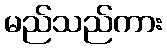
မည်သည်ကား